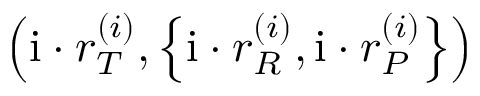
\left( \mathrm { i } \cdot r _ { T } ^ { \left( i \right) } , \left\{ \mathrm { i } \cdot r _ { R } ^ { \left( i \right) } , \mathrm { i } \cdot r _ { P } ^ { \left( i \right) } \right\} \right)